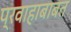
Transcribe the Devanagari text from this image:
प्रवाहाबाबत